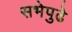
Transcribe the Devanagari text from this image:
सभेपुढे